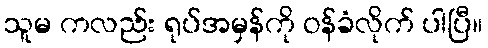
သူမ ကလည်း ရုပ်အမှန်ကို ဝန်ခံလိုက် ပါပြီ။